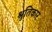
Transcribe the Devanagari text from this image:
श्रुतिकार